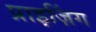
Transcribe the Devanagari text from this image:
प्राइज़िंग